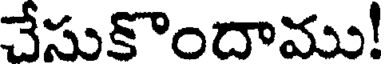
చేసుకొందాము!